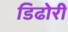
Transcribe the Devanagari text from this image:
डिढोरी